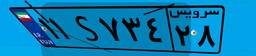
۱۱S۷۳۴۲۸